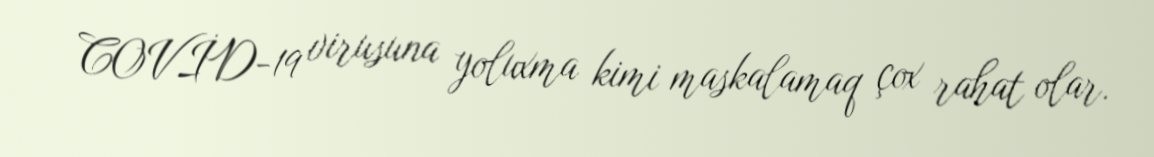
COVİD-19 virusuna yoluxma kimi maskalamaq çox rahat olar.